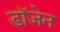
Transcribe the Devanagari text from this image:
डॉजेन